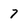
Character: 7